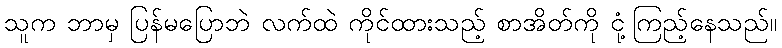
သူက ဘာမှ ပြန်မပြောဘဲ လက်ထဲ ကိုင်ထားသည့် စာအိတ်ကို ငုံ့ကြည့်နေသည်။